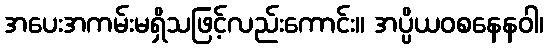
အပေးအကမ်းမရှိသဖြင့်လည်းကောင်း။ အပ္ပိယဝစနေနဝါ၊